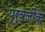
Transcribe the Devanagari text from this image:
पूर्वजौंके